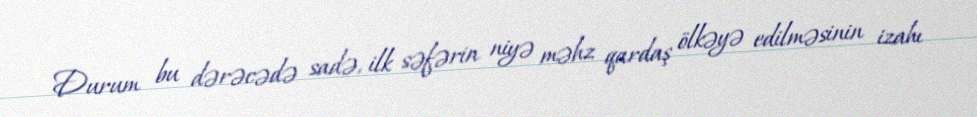
Durum bu dərəcədə sadə, ilk səfərin niyə məhz qardaş ölkəyə edilməsinin izahı